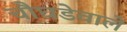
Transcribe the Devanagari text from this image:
चौघडेवाले